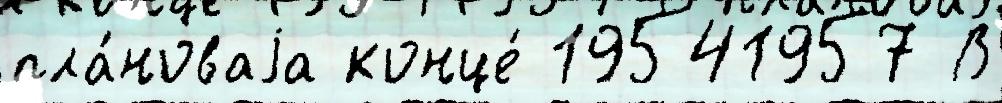
пла́новаjа конце́ 19541957 В